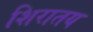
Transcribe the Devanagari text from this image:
शिरातय